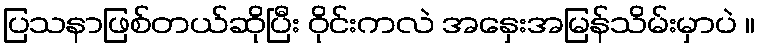
ပြသနာဖြစ်တယ်ဆိုပြီး ဝိုင်းကလဲ အနှေးအမြန်သိမ်းမှာပဲ ။